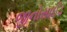
જીનોસાઈડ